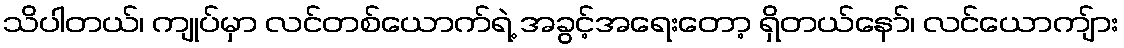
သိပါတယ်၊ ကျုပ်မှာ လင်တစ်ယောက်ရဲ့ အခွင့်အရေးတော့ ရှိတယ်နော်၊ လင်ယောကျ်ား